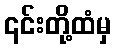
၎င်းတို့ထံမှ